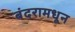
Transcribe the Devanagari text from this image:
बंदरामधून